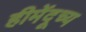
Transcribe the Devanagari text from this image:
हीमेंदूच्य